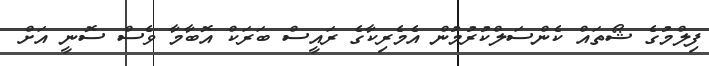
ފިލްމުގެ ޝޯތައް ކެންސަލްކުރުމުން އެމެރިކާގެ ރައީސް ބަރަކް އޮބާމާ ވެސް ސޮނީ އަށް